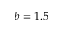
b = 1 . 5